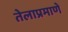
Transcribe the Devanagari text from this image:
तेलाप्रमाणे